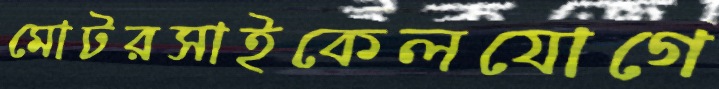
মোটরসাইকেলযোগে